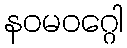
နဝမဝဂ္ဂေါ